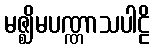
မဇ္ဈိမပဏ္ဏာသပါဠိ